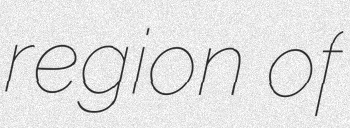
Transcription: region of